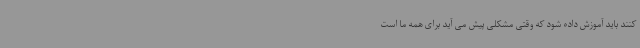
کنند باید آموزش داده شود که وقتی مشکلی پیش می آید برای همه ما است